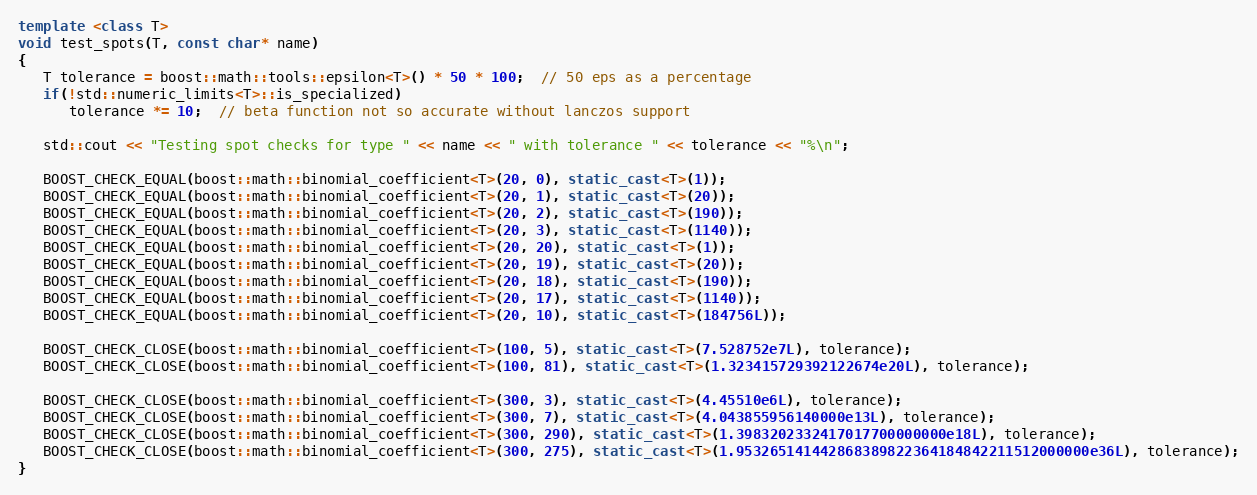
Language: C++
template <class T>
void test_spots(T, const char* name)
{
   T tolerance = boost::math::tools::epsilon<T>() * 50 * 100;  // 50 eps as a percentage
   if(!std::numeric_limits<T>::is_specialized)
      tolerance *= 10;  // beta function not so accurate without lanczos support

   std::cout << "Testing spot checks for type " << name << " with tolerance " << tolerance << "%\n";

   BOOST_CHECK_EQUAL(boost::math::binomial_coefficient<T>(20, 0), static_cast<T>(1));
   BOOST_CHECK_EQUAL(boost::math::binomial_coefficient<T>(20, 1), static_cast<T>(20));
   BOOST_CHECK_EQUAL(boost::math::binomial_coefficient<T>(20, 2), static_cast<T>(190));
   BOOST_CHECK_EQUAL(boost::math::binomial_coefficient<T>(20, 3), static_cast<T>(1140));
   BOOST_CHECK_EQUAL(boost::math::binomial_coefficient<T>(20, 20), static_cast<T>(1));
   BOOST_CHECK_EQUAL(boost::math::binomial_coefficient<T>(20, 19), static_cast<T>(20));
   BOOST_CHECK_EQUAL(boost::math::binomial_coefficient<T>(20, 18), static_cast<T>(190));
   BOOST_CHECK_EQUAL(boost::math::binomial_coefficient<T>(20, 17), static_cast<T>(1140));
   BOOST_CHECK_EQUAL(boost::math::binomial_coefficient<T>(20, 10), static_cast<T>(184756L));

   BOOST_CHECK_CLOSE(boost::math::binomial_coefficient<T>(100, 5), static_cast<T>(7.528752e7L), tolerance);
   BOOST_CHECK_CLOSE(boost::math::binomial_coefficient<T>(100, 81), static_cast<T>(1.323415729392122674e20L), tolerance);

   BOOST_CHECK_CLOSE(boost::math::binomial_coefficient<T>(300, 3), static_cast<T>(4.45510e6L), tolerance);
   BOOST_CHECK_CLOSE(boost::math::binomial_coefficient<T>(300, 7), static_cast<T>(4.043855956140000e13L), tolerance);
   BOOST_CHECK_CLOSE(boost::math::binomial_coefficient<T>(300, 290), static_cast<T>(1.3983202332417017700000000e18L), tolerance);
   BOOST_CHECK_CLOSE(boost::math::binomial_coefficient<T>(300, 275), static_cast<T>(1.953265141442868389822364184842211512000000e36L), tolerance);
}